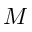
M